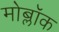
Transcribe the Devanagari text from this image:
मोब्लॉक